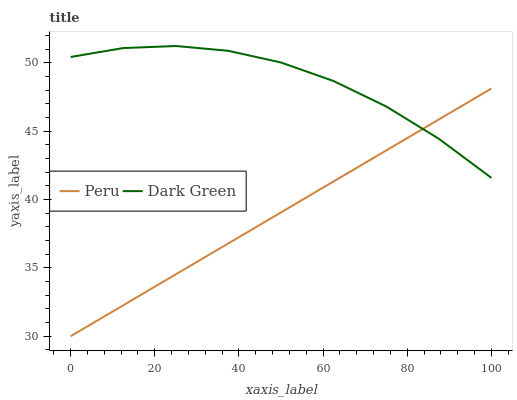
| xaxis_label | Peru | Dark Green |
 | --- | --- | --- |
 | 0 | 30 | 50.4 |
 | 12.5 | 32.3 | 51.1 |
 | 25 | 34.5 | 51.2 |
 | 37.5 | 36.8 | 50.9 |
 | 50 | 39.1 | 50 |
 | 62.5 | 41.3 | 48.7 |
 | 75 | 43.6 | 46.8 |
 | 87.5 | 45.9 | 44.5 |
 | 100 | 48.1 | 41.6 |